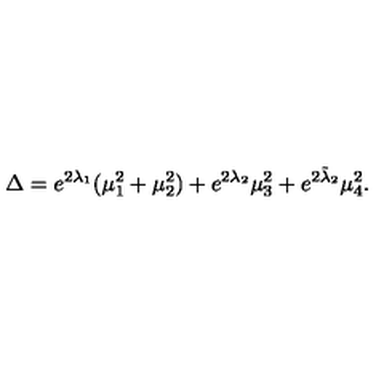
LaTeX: \Delta = e ^ { 2 \lambda _ { 1 } } ( \mu _ { 1 } ^ { 2 } + \mu _ { 2 } ^ { 2 } ) + e ^ { 2 \lambda _ { 2 } } \mu _ { 3 } ^ { 2 } + e ^ { 2 \tilde { \lambda } _ { 2 } } \mu _ { 4 } ^ { 2 } .